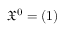
{ \mathfrak { X } } ^ { 0 } = ( 1 )